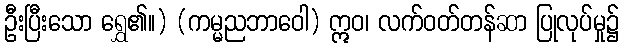
ဦးပြီးသော ရွှေ၏။) (ကမ္မညဘာဝေါ) ဣဝ၊ လက်ဝတ်တန်ဆာ ပြုလုပ်မှု၌